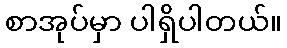
စာအုပ်မှာ ပါရှိပါတယ်။